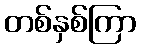
တစ်နှစ်ကြာ